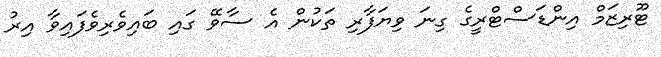
ޓޫރިޒަމް އިންޑަސްޓްރީގެ ގިނަ ވިޔަފާރި ތަކުން އެ ސާވޭ ގައި ބައިވެރިވެފައިވާ އިރު